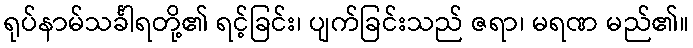
ရုပ်နာမ်သင်္ခါရတို့၏ ရင့်ခြင်း၊ ပျက်ခြင်းသည် ဇရာ၊ မရဏ မည်၏။